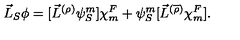
\vec { L } _ { S } \phi = [ { \vec { L } } ^ { ( \rho ) } { \psi } _ { S } ^ { m } ] { \chi } _ { m } ^ { F } + { \psi } _ { S } ^ { m } [ { \vec { L } } ^ { ( \overline { { \rho } } ) } { \chi } _ { m } ^ { F } ] .